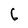
Character: 6